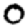
Digit: 0